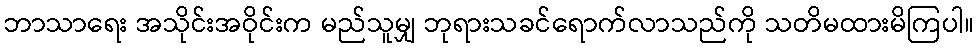
ဘာသာရေး အသိုင်းအဝိုင်းက မည်သူမျှ ဘုရားသခင်ရောက်လာသည်ကို သတိမထားမိကြပါ။